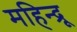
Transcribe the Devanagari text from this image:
महिन्द्रू